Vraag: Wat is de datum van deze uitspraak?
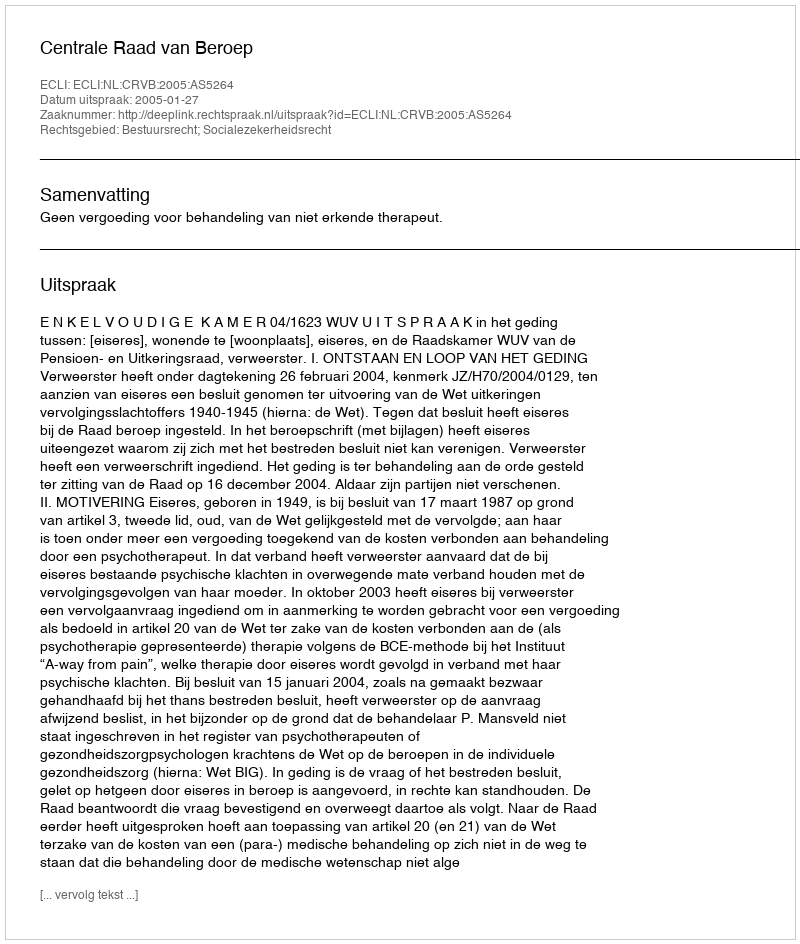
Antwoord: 2005-01-27